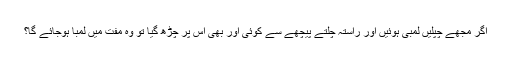
اگر مجھے چپلیں لمبی ہوئیں اور راستہ چلتے پیچھے سے کوئی اور بھی اس پر چڑھ گیا تو وہ مفت میں لمبا ہوجائے گا؟